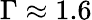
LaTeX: \Gamma\approx 1.6